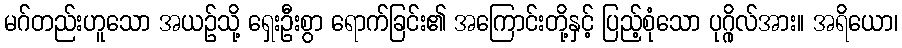
မဂ်တည်းဟူသော အယဉ်သို့ ရှေးဦးစွာ ရောက်ခြင်း၏ အကြောင်းတို့နှင့် ပြည့်စုံသော ပုဂ္ဂိုလ်အား။ အရိယော၊